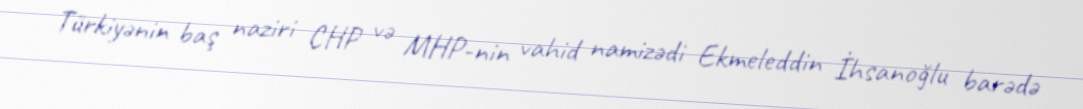
Türkiyənin baş naziri CHP və MHP-nin vahid namizədi Ekmeleddin İhsanoğlu barədə